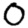
Digit: 0